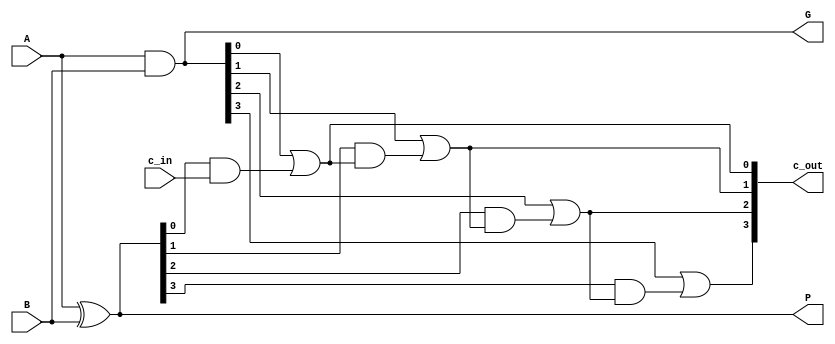
module carry_lookahead (
    input [3:0] A, B,
    input c_in,
    output [3:0] P, G,
    output [3:0] c_out
);

assign P = A ^ B;
assign G = A & B;

assign c_out[0] = G[0] | (P[0] & c_in);
assign c_out[1] = G[1] | (P[1] & c_out[0]);
assign c_out[2] = G[2] | (P[2] & c_out[1]);
assign c_out[3] = G[3] | (P[3] & c_out[2]);

endmodule